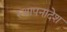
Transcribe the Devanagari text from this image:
स्थापनादेश